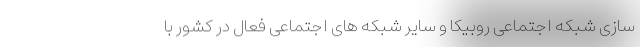
سازی شبکه اجتماعی روبیکا و سایر شبکه های اجتماعی فعال در کشور با